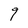
Character: 9